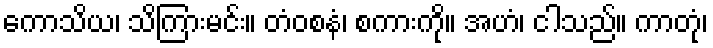
ကောသိယ၊ သိကြားမင်း။ တံဝစနံ၊ စကားကို။ အဟံ၊ ငါသည်။ ကာတုံ၊